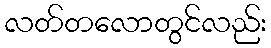
လတ်တလောတွင်လည်း